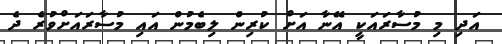
އަދި މި މުސާރައަކީ އޭނާ އަށް ކުރިން ލިބެމުން އައި މުސާރައަށްވުރެ ދެ